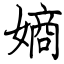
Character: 嫡